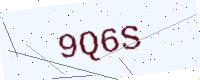
Text: 9Q6S